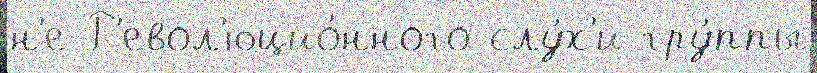
н'е Р'евол'юцио́нного слу́х'и гру́ппы